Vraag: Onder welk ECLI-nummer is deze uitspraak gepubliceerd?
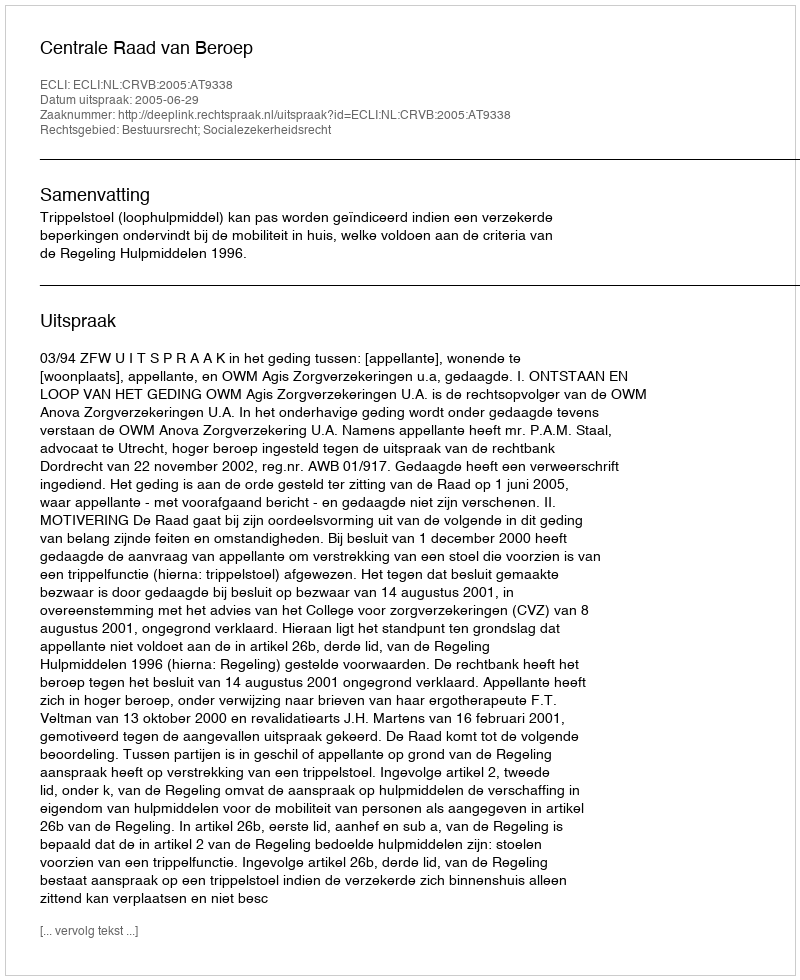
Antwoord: ECLI:NL:CRVB:2005:AT9338